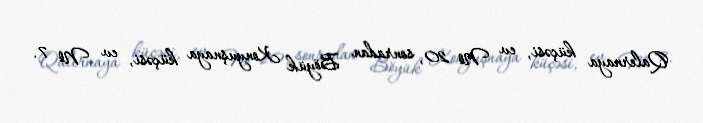
Qalernaya küçəsi, ev № 20, sonradan Böyük Konyuşnaya küçəsi, ev № 7.